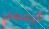
أزعجني